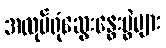
အလုပ်ရုံဆွေးနွေးပွဲများ